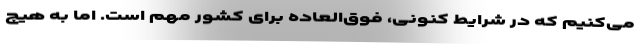
می‌کنیم که در شرایط کنونی، فوق‌العاده برای کشور مهم است. اما به هیچ